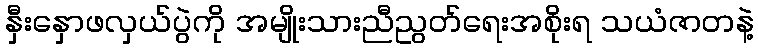
နှီးနှောဖလှယ်ပွဲကို အမျိုးသားညီညွတ်ရေးအစိုးရ သယံဇာတနဲ့